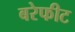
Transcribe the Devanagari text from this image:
बरेफीट